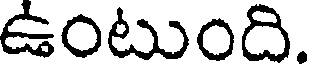
ఉంటుంది.